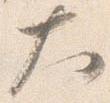
大